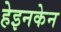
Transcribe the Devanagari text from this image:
हेइनकेन